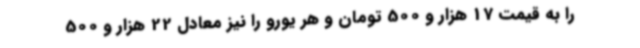
را به قیمت 17 هزار و 500 تومان و هر یورو را نیز معادل 22 هزار و 500